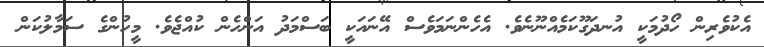
އެކުވެރިން ހޯދުމަކީ އުނދަގޫކަމެއްނޫނެވެ. އެހެންނަމަވެސް އޭނައަކީ ބަސްމަދު އަންހެން ކުއްޖެވެ. މީހުންގެ ސަމާލުކަން